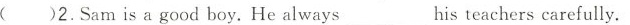
( )2.Sam is a good boy. He always_ his teachers carefully.